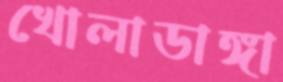
খোলাডাঙ্গা